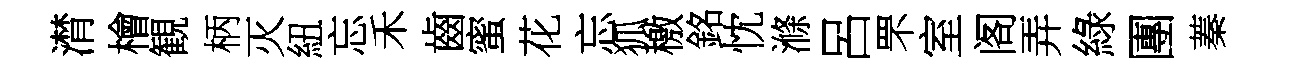
潸檜観柄灭紐忘禾齒蜜花忘狐檄銘忱滌呂罘室阁弄綠團蓁